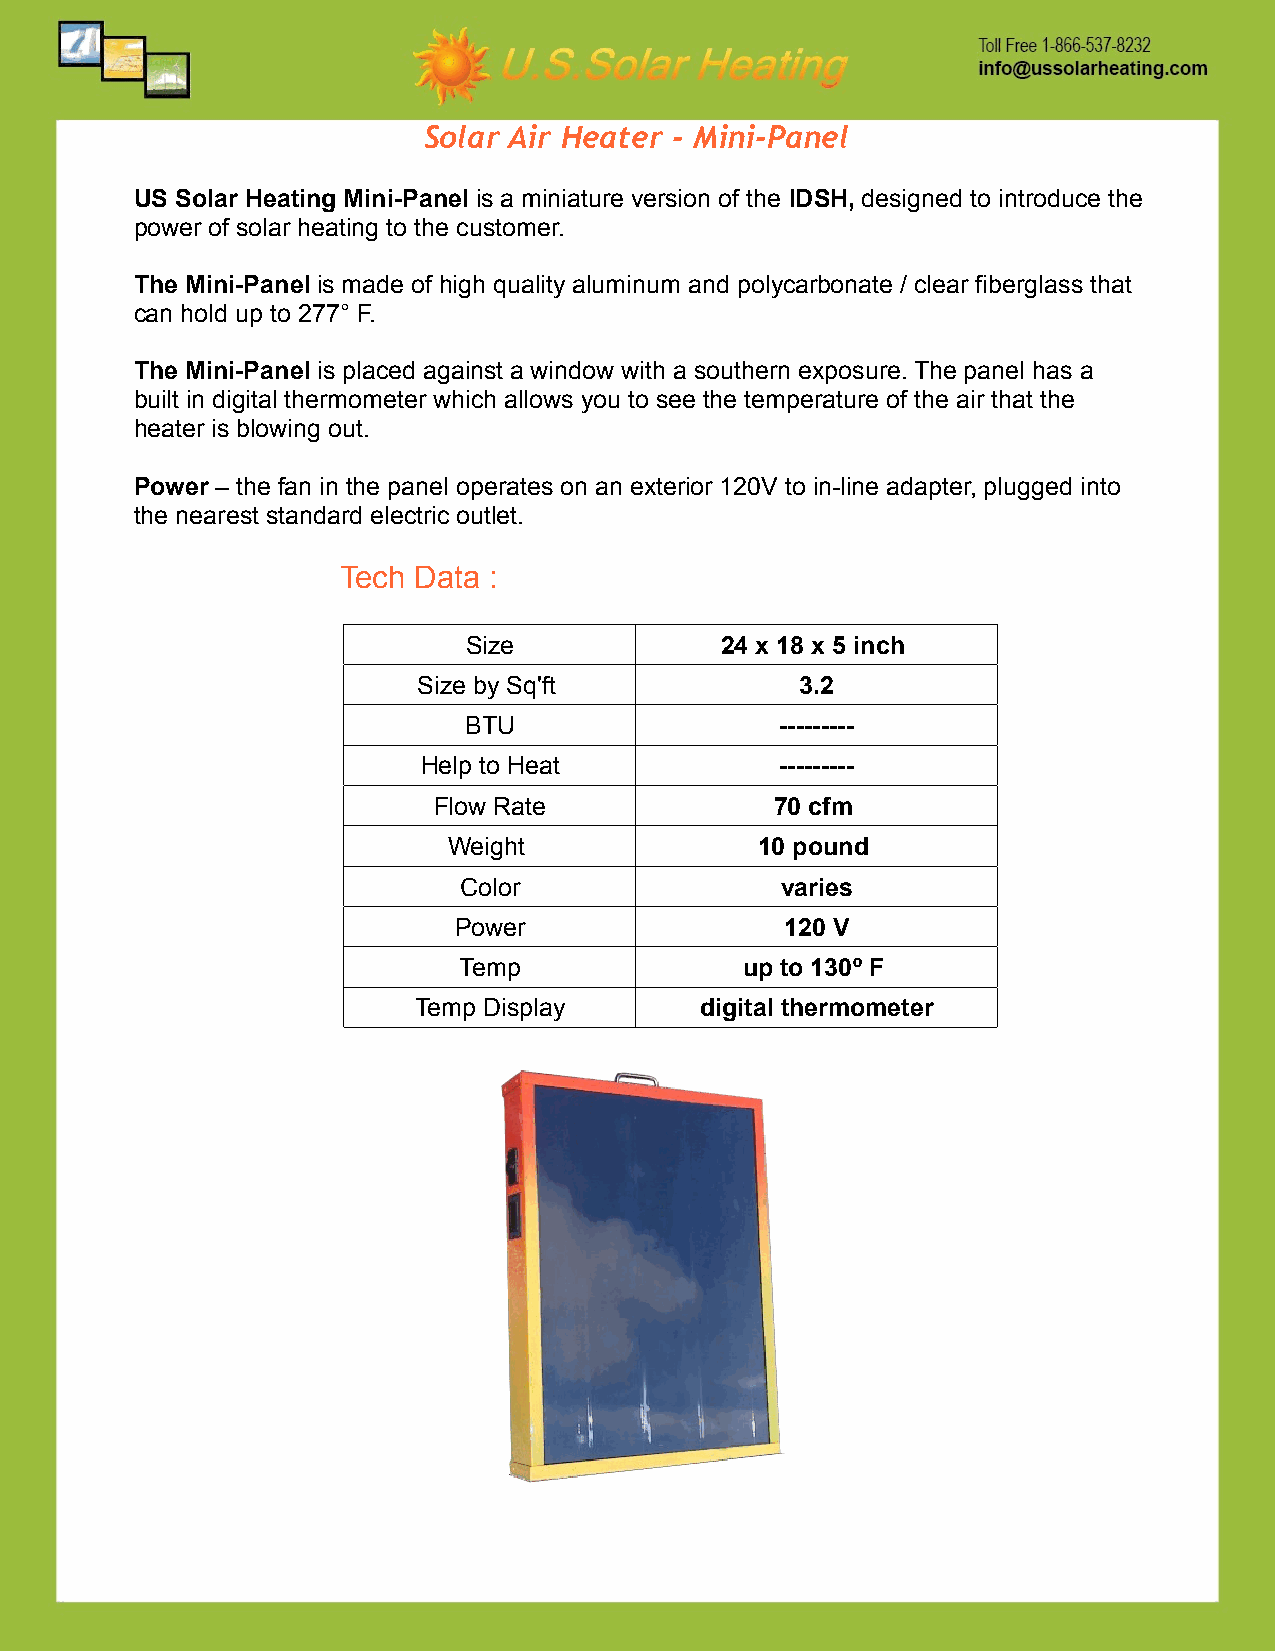
Solar Air Heater - Mini-Panel
 US Solar Heating Mini-Panel is a miniature version of the IDSH, designed to introduce the
 power of solar heating to the customer.
 The Mini-Panel is made of high quality aluminum and polycarbonate / clear fiberglass that
 can hold up to 277° F.
 The Mini-Panel is placed against a window with a southern exposure. The panel has a
 built in digital thermometer which allows you to see the temperature of the air that the
 heater is blowing out.
 Power – the fan in the panel operates on an exterior 120V to in-line adapter, plugged into
 the nearest standard electric outlet.
 Tech Data :
 Size             24 x 18 x 5 inch
 Size by Sq'ft            3.2
 BTU                  ---------
 Help to Heat            ---------
 Flow Rate             70 cfm
 Weight              10 pound
 Color                 varies
 Power                 120 V
 Temp               up to 130º F
 Temp Display       digital thermometer